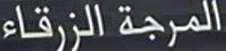
المرجة الزرقاء